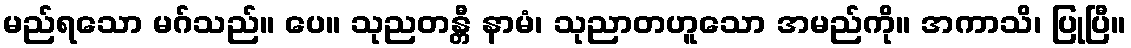
မည်ရသော မဂ်သည်။ ပေ။ သုညတန္တီ နာမံ၊ သုညာတဟူသော အမည်ကို။ အကာသိ၊ ပြုပြီ။